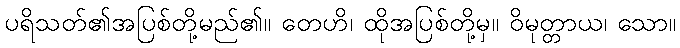
ပရိသတ်၏အပြစ်တို့မည်၏။ တေဟိ၊ ထိုအပြစ်တို့မှ။ ဝိမုတ္တာယ၊ သော။